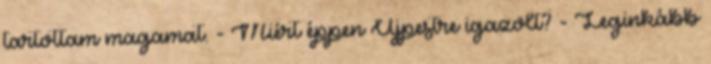
tartottam magamat. - Miért éppen Újpestre igazolt? - Leginkább